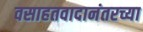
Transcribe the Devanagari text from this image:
वसाहतवादानंतरच्या